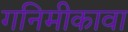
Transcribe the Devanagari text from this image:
गनिमीकावा